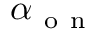
\alpha _ { \mathrm { ~ o ~ n ~ } }